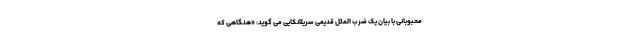
محبوبانی با بیان یک ضرب المثل قدیمی سریلانکایی می گوید: «هنگاهی که